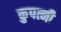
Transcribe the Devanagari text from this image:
कुपत्नी